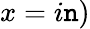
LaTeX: x=i\mathtt{n})